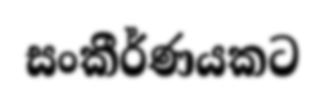
සංකීර්ණයකට